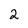
Character: 2